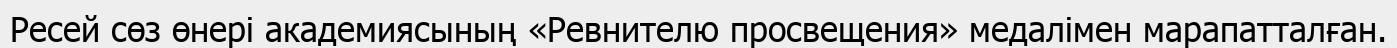
Ресей сөз өнері академиясының «Ревнителю просвещения» медалімен марапатталған.